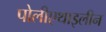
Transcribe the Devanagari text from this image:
पोलीएथाइलीन